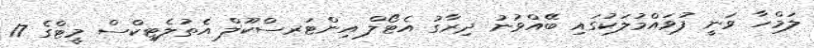
ލަމްހާ ވަނީ ފުވައްމުލަކުގައި ބޭއްވުނު ދިރާގު އެޓޯލް އިންޓަރސްކޫލް އެތުލެޓިކްސް މީޓްގެ 17